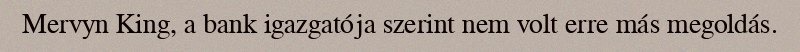
Mervyn King, a bank igazgatója szerint nem volt erre más megoldás.